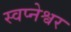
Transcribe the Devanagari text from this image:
स्वप्नेश्वर